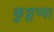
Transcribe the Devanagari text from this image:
कुट्टप्पा